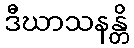
ဒီဃာသနန္တိ